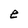
Character: e